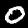
Label: 0